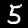
Digit: 5